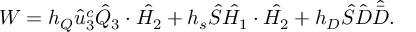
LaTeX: W = h _ { Q } \hat { u } _ { 3 } ^ { c } \hat { Q } _ { 3 } \cdot \hat { H _ { 2 } } + h _ { s } \hat { S } \hat { H _ { 1 } } \cdot \hat { H _ { 2 } } + h _ { D } \hat { S } \hat { D } \hat { \bar { D } } .